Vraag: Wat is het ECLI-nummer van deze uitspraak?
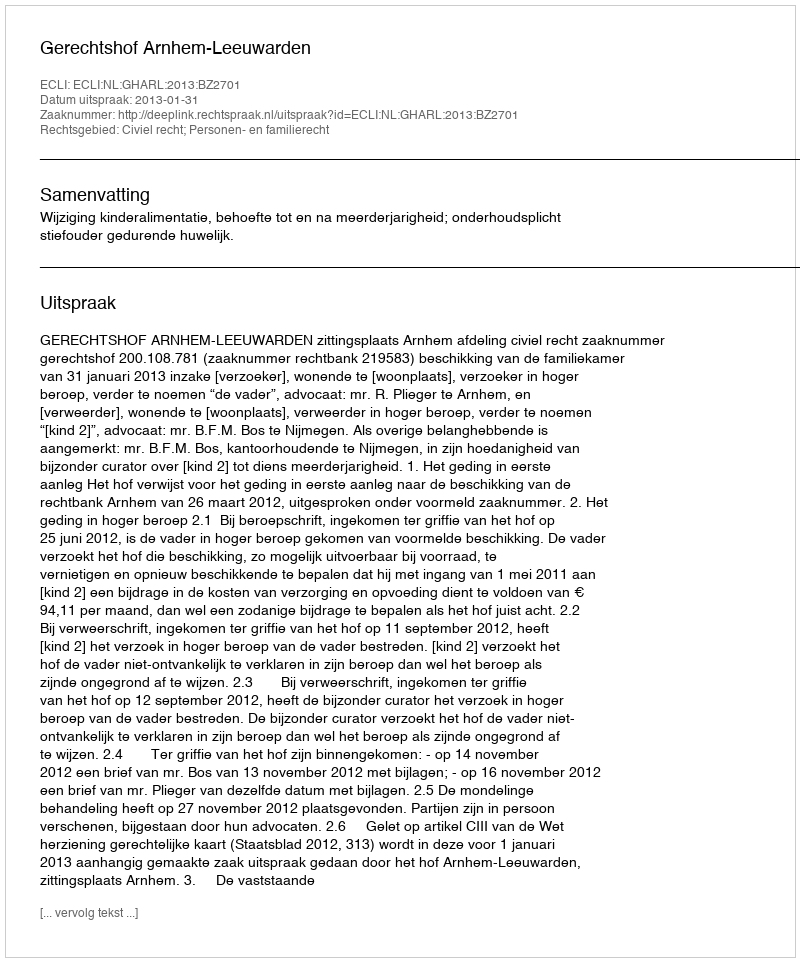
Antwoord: ECLI:NL:GHARL:2013:BZ2701